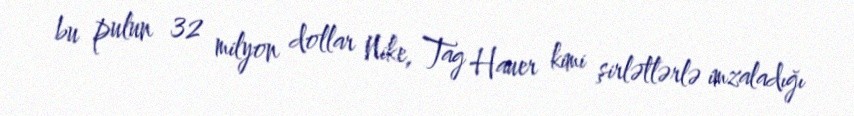
bu pulun 32 milyon dollar Nike, Tag Hauer kimi şirlətlərlə imzaladığı